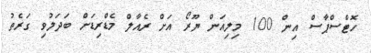
ހޮޓްސްޕާސް އިން 100 މިލިއަން ޔޫރޯ އަށް ރެއާލް މެޑްރިޑަށް ބަދަލުވި ގަރެތު